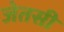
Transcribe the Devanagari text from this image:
जेतसी